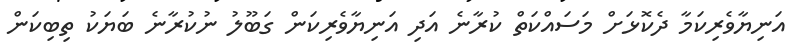
އަނިޔާވެރިކަމާ ދެކޮޅަަށް މަސައްކަތް ކުރާނެ އަދި އަނިޔާވެރިކަން ގަބޫލު ނުކުރާނެ ބަޔަކު ތިބިކަން